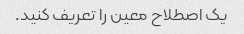
یک اصطلاح معین را تعریف کنید.